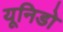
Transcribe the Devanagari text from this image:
यूनिडो